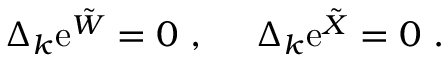
\Delta _ { k } \mathrm { e } ^ { { \tilde { W } } } = 0 ~ , ~ \quad \Delta _ { k } \mathrm { e } ^ { { \tilde { X } } } = 0 ~ .